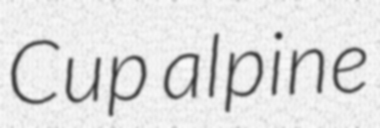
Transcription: Cup alpine